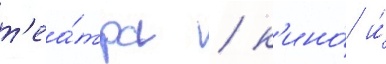
т'еа́тра / к'ино́ и́